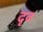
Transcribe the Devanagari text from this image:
दृव